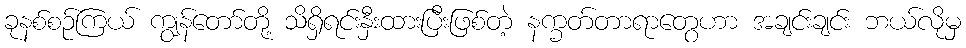
ခုနစ်စဉ်ကြယ် ကျွန်တော်တို့ သိရှိရင်းနှီးထားပြီးဖြစ်တဲ့ နက္ခတ်တာရာတွေဟာ အချင်းချင်း ဘယ်လိုမှ